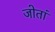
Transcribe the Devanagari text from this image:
जोतां